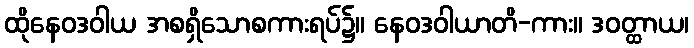
ထိုနေဝဒဝါယ အစရှိသောစကားရပ်၌။ နေဝဒဝါယာတိ-ကား။ ဒဝတ္ထာယ၊